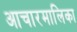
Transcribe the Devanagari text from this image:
आचारमालिका